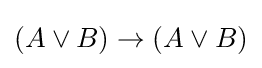
(A\lor B)\to (A\lor B)